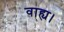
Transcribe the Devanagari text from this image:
वाह्य।